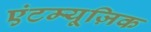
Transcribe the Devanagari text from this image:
एंटम्यूज़िक